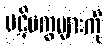
ပဋိပက္ခများကို